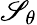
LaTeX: \mathscr{S}_{\theta}